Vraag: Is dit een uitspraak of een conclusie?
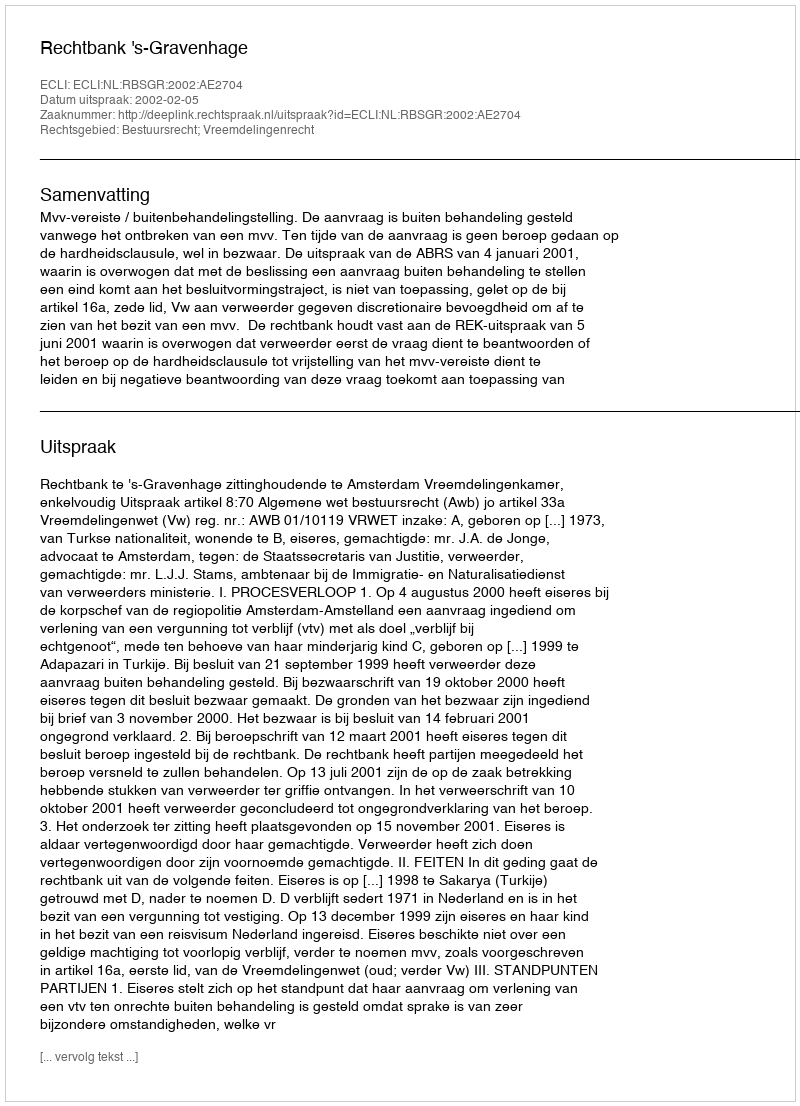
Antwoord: Uitspraak